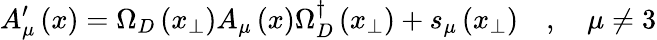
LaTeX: A_{\mu}^{\prime}\left(x\right)=\Omega_{D}\left(x_{\perp}\right)A_{\mu}\left(x\right)\Omega_{D}^{\dagger}\left(x_{\perp}\right)+s_{\mu}\left(x_{\perp}\right)\quad,\quad\mu\neq 3